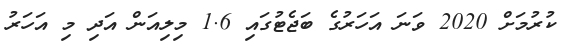
ކުރުމަށް 2020 ވަނަ އަހަރުގެ ބަޖެޓުގައި 1.6 މިލިއަން އަދި މި އަހަރު